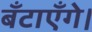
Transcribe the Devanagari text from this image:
बँटाएँगे।